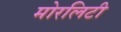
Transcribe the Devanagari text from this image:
मोरलिटी